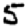
Digit: 5